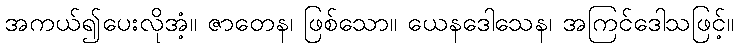
အကယ်၍ပေးလိုအံ့။ ဇာတေန၊ ဖြစ်သော။ ယေနဒေါသေန၊ အကြင်ဒေါသဖြင့်။